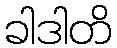
ခါဒါတိ